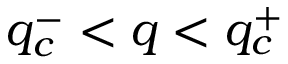
q _ { c } ^ { - } < q < q _ { c } ^ { + }